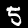
Label: 5